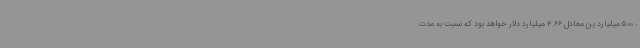
، 500 میلیارد ین معادل 4.66 میلیارد دلار خواهد بود که نسبت به مدت